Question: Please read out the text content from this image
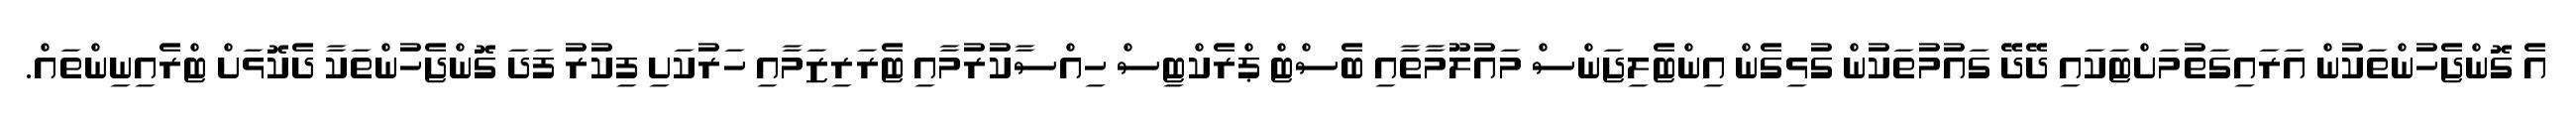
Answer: އެ ގޮންޖެހުންތަކުން އަރައިގަތުމަށްޓަކައި ދޭދޭ ގައުމުތަކުން ގުޅިގެން އިންޓެލިޖަންސް މައުލޫމާތާއި ބެސްޓް ޕްރެކްޓިސް ހިއްސާކުރުމާއި ޓެރަރިޒަމާއި ހަރުކަށި ފިކުރު ފަދަ ގޮންޖެހުންތަކާ ދެކޮޅަށް ޓްރެއިނިންތައް.